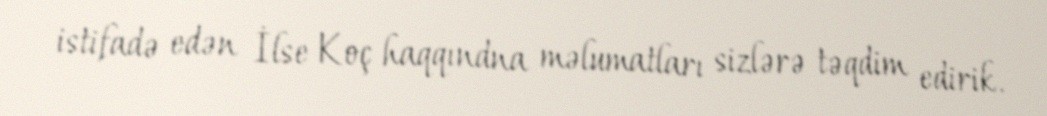
istifadə edən İlse Koç haqqındna məlumatları sizlərə təqdim edirik.